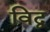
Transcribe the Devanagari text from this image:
विद्व